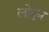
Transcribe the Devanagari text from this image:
लोपून